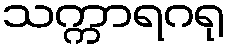
သက္ကာရဂရု